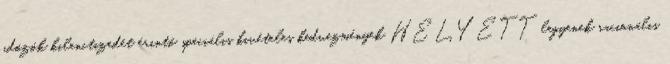
adózók kilenctizedét érintő speciális kivételes kedvezmények HELYETT legyenek racionális